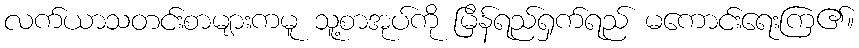
လက်ယာသတင်းစာများကမူ သူ့စာအုပ်ကို မြိန်ရည်ရှက်ရည် မကောင်းရေးကြ၏။